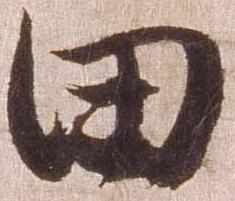
田